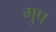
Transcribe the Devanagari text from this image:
गु्प